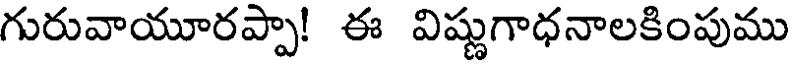
గురువాయూరప్పా! ఈ విష్ణుగాధనాలకింపుము